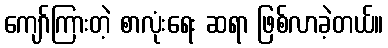
ကျော်ကြားတဲ့ စာလုံးရေး ဆရာ ဖြစ်လာခဲ့တယ်။